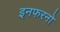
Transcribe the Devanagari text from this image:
इनफरनो